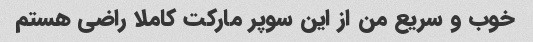
خوب و سریع من از این سوپر مارکت کاملا راضی هستم